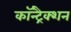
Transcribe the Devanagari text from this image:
कॉन्ट्रैक्शन